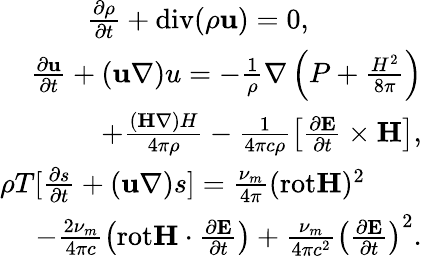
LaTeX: \begin{array}{r}{\frac{\partial\rho}{\partial t}+\mathrm{div}(\rho{\mathbf u})=0,\qquad\qquad}\\ {\frac{\partial{\mathbf u}}{\partial t}+({\mathbf u\nabla)u}=-\frac{1}{\rho}{\mathbf\nabla}\left(P+\frac{H^{2}}{8\pi}\right)}\\ {+\frac{({\mathbf H\nabla)H}}{4\pi\rho}-\frac{1}{4\pi c\rho}\left[\frac{\partial{\mathbf E}}{\partial t}\times{\mathbf H}\right],}\\ {\rho T[\frac{\partial{s}}{\partial t}+({\mathbf u\nabla)}s]=\frac{\nu_{m}}{4\pi}(\mathrm{rot}{\mathbf H})^{2}\qquad}\\ {-\frac{2\nu_{m}}{4\pi c}\left(\mathrm{rot}{\mathbf H}\cdot\frac{\partial{\mathbf E}}{\partial t}\right)+\frac{\nu_{m}}{4\pi c^{2}}\left(\frac{\partial{\mathbf E}}{\partial t}\right)^{2}.}\end{array}